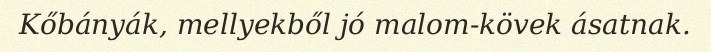
Kőbányák, mellyekből jó malom-kövek ásatnak.